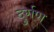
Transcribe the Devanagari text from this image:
दुर्गण